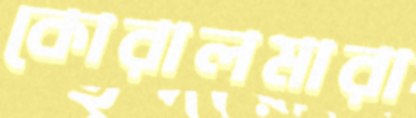
কোরালমারা